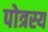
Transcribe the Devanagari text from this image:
पोत्रस्य